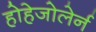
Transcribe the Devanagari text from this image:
होहेजोलेर्न